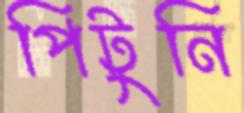
পিটুনি